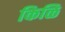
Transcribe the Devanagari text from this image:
किळि